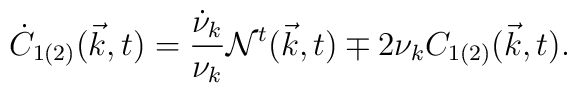
\dot{C}_{1(2)}({\vec k},t) = \frac{\dot{\nu}_k}{{\nu}_k}{\cal N}^t({\vec k},t) \mp 2{\nu}_k C_{1(2)}({\vec k},t) .